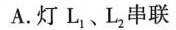
A.灯L_{1}、L_{2}串联